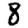
Digit: 8